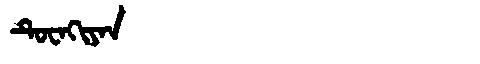
Manchu: ᡨᡠᠸᠠᡴᡳᠶᠠᠨ
Romanization: TUWAKIYAN